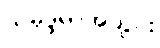
သမုဒ္ဒရာအတွင်း